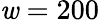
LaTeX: \mathit{w}=200